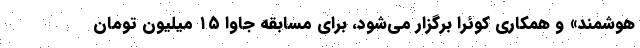
هوشمند» و همکاری کوئرا برگزار می‌شود، برای مسابقه جاوا ١۵ میلیون تومان